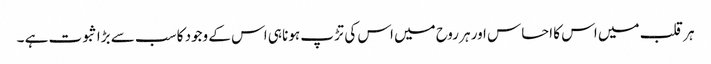
ہر قلب میں اس کا احساس اور ہر روح میں اس کی تڑپ ہونا ہی اس کے وجود کا سب سے بڑا ثبوت ہے ۔